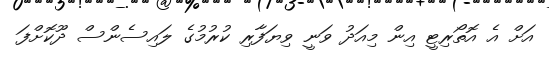
އަށް އެ އޮތޯރިޓީ އިން މިއަދު ވަނީ ވިޔަފާރި ކުރުމުގެ ލައިސެންސް ދޫކޮށްފަ